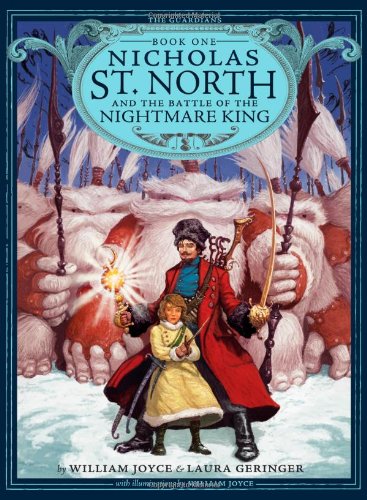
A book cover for Nicholas St. North and the Battle of the Nightmare King (The Guardians); William Joyce; Children's Books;